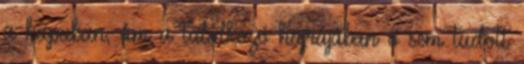
a kapuban, ám a találkozó hajrájában ő sem tudott